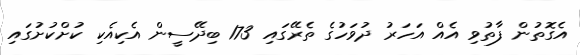
އެގޮތުން ފާތުވި އެއް އަހަރު ދުވަހުގެ ތެރޭގައި 173 ބިދޭސީން އެކިއެކި ކުށްކުށުގައި